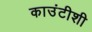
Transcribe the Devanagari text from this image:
काउंटीशी